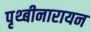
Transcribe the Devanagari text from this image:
पृथ्बीनारायन